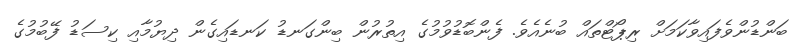
ބަންޑުންވެފައިވާކަމަށް ރިޕޯޓްތައް ބުނެއެވެ. ފެންބޮޑުވުމުގެ އިތުރުން ބިންގަނޑު ކަނޑައިގެން ދިޔުމާއި ކިސަޑު ފޭބުމުގެ